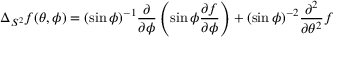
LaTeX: \Delta _ { S ^ { 2 } } f ( \theta , \phi ) = ( \sin \phi ) ^ { - 1 } { \frac { \partial } { \partial \phi } } \left( \sin \phi { \frac { \partial f } { \partial \phi } } \right) + ( \sin \phi ) ^ { - 2 } { \frac { \partial ^ { 2 } } { \partial \theta ^ { 2 } } } f